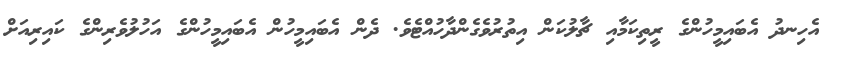
އެހިނދު އެބައިމީހުންގެ ރީތިކަމާއި ޗާލުކަން އިތުރުވެގެންދާހުއްޓެވެ. ދެން އެބައިމީހުން އެބައިމީހުންގެ އަހުލުވެރިންގެ ކައިރިއަށް